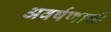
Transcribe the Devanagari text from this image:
अवर्षणाची